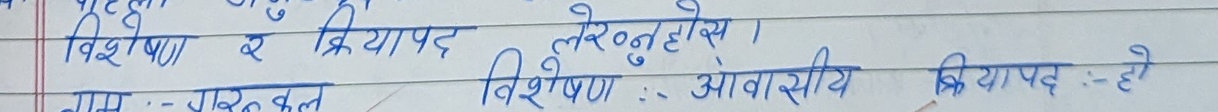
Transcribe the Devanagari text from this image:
विशेषण र क्रियापद लेख्नुहोस्।
नाम :- जरुरत कल, विशेषण :- आवासीय, क्रियापद :- हो